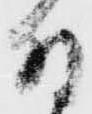
付